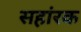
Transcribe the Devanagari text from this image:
सहांरक